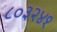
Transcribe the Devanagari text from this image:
८०३२४१